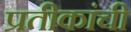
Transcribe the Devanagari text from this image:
प्रतीकांची